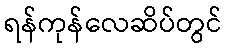
ရန်ကုန်လေဆိပ်တွင်